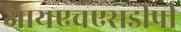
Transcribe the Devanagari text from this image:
आयएचएसडीपी